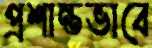
প্রশান্তভাবে